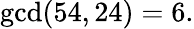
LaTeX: \operatorname*{gcd}(54,24)=6.